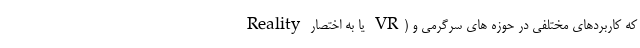
Reality یا به اختصار VR) که کاربردهای مختلفی در حوزه های سرگرمی و